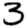
Digit: 3